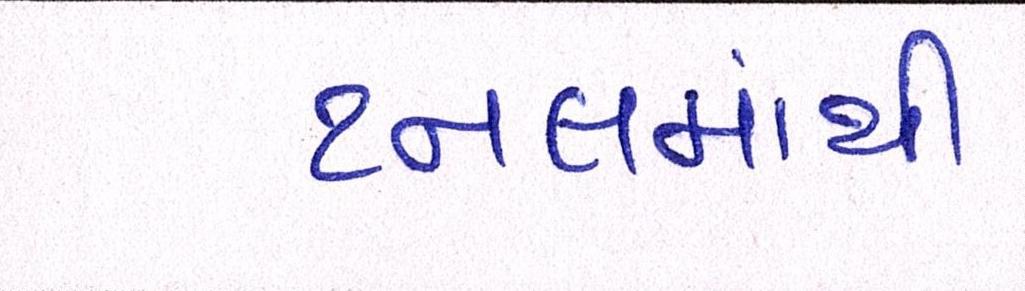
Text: ટનલમાંથી